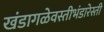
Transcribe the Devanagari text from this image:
खंडागळेवस्तीभंडारेस्ती